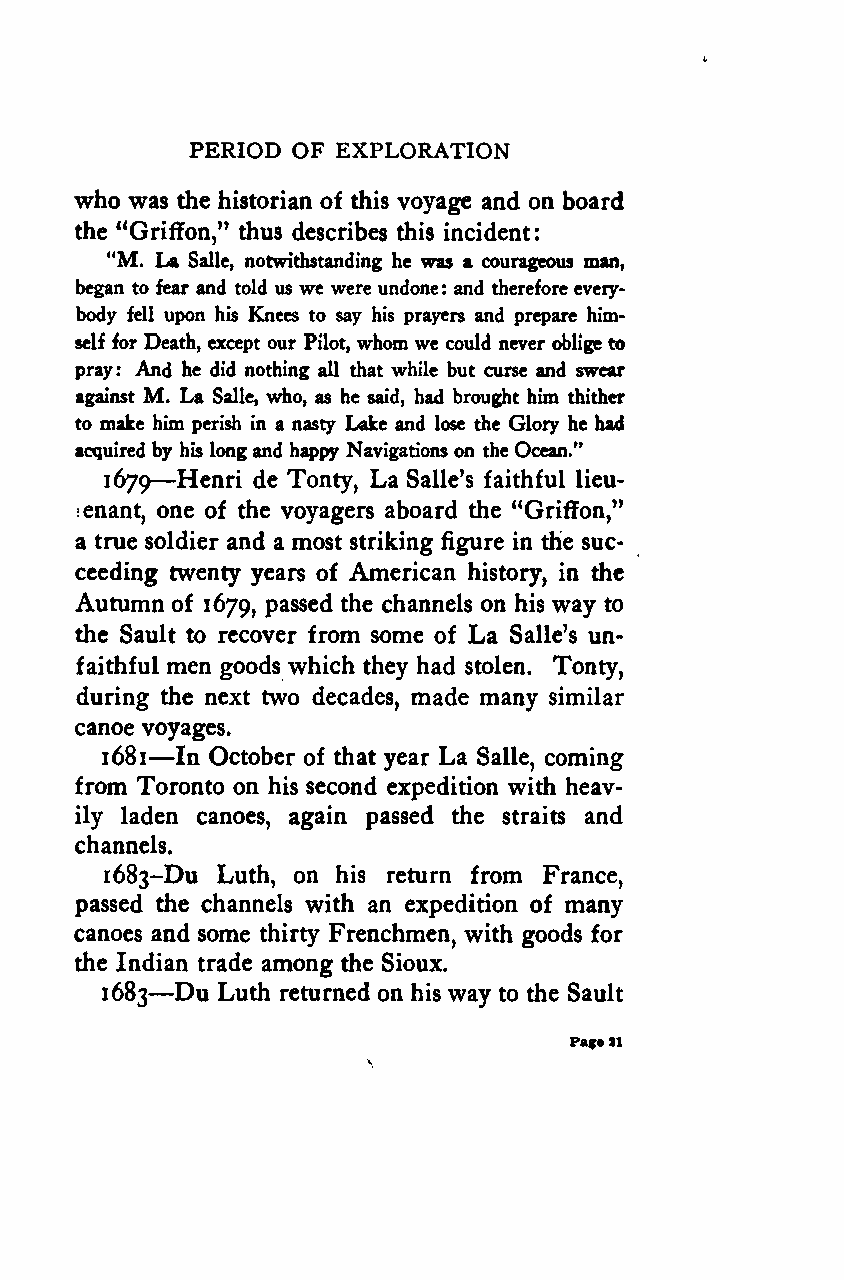
PERIOD OF EXPLORATION
 who was the historian of this voyage and on board
 the "Griffon," thus describes this incident:
 "M . La Salle, notwithstanding he was a courageous man,
 began to fear and told us we were undone: and thereforeevery-
 body fell upon his Knees to say his prayers and prepare him-
 self for Death, except our Pilot, whomwe could never obligeto
 pray: And he did nothing all that while but curse and swear
 against M. La Salle, who, as he said, had brought him thither
 to make him perish in a nasty Lake and lose the Glory he had
 acquired —by his longand happy Navigationson theOcean."
 1679 Henri de Tonty, La Salle's faithful lieu-
 tenant, one of the voyagers aboard the "Griffon,"
 a true soldier and a most striking figure in the suc-
 ceeding twenty years of American history, in the
 Autumn of 1679, passed the channels on his way to
 the Sault to recover from some of La Salle's un-
 faithful men goods which they had stolen. Tonty,
 during the next two decades, made many similar
 canoe voyages.
 —
 1681 In October of that year La Salle, coming
 from Toronto on his second expedition with heav-
 ily laden canoes, again passed the straits and
 channels.
 1683-Du Luth, on his return from France,
 passed the channels with an expedition of many
 canoes and some thirty Frenchmen, with goods for
 the Indian trade among the Sioux.
 —
 1683 Du Luth returned on his way to the Sault
 Pafe21
 Google
 Digitizedby